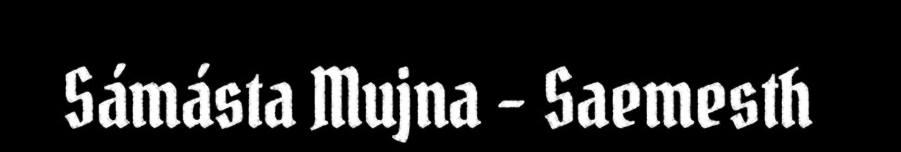
Sámásta Mujna - Saemesth